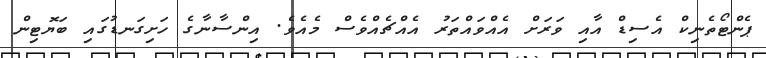
ޕެންޓޯތެނިކް އެސިޑް އާއި ވަރަށް އެއްވައްތަރު އެއްޗެއްވެސް މެއެވެ. އިންސާނާގެ ހަށިގަނޑުގައި ބަޔޮޓިން